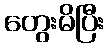
တွေးမိပြီး